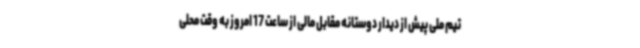
تیم ملی پیش از دیدار دوستانه مقابل مالی از ساعت 17 امروز به وقت محلی